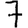
Digit: 7